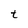
Character: t